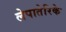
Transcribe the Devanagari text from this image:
लेपातेरिके